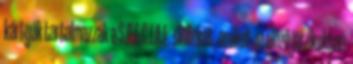
kártyák tartalmazzák a S.P.E.C.I.A.L. skilleket, amiket az előző játékokban